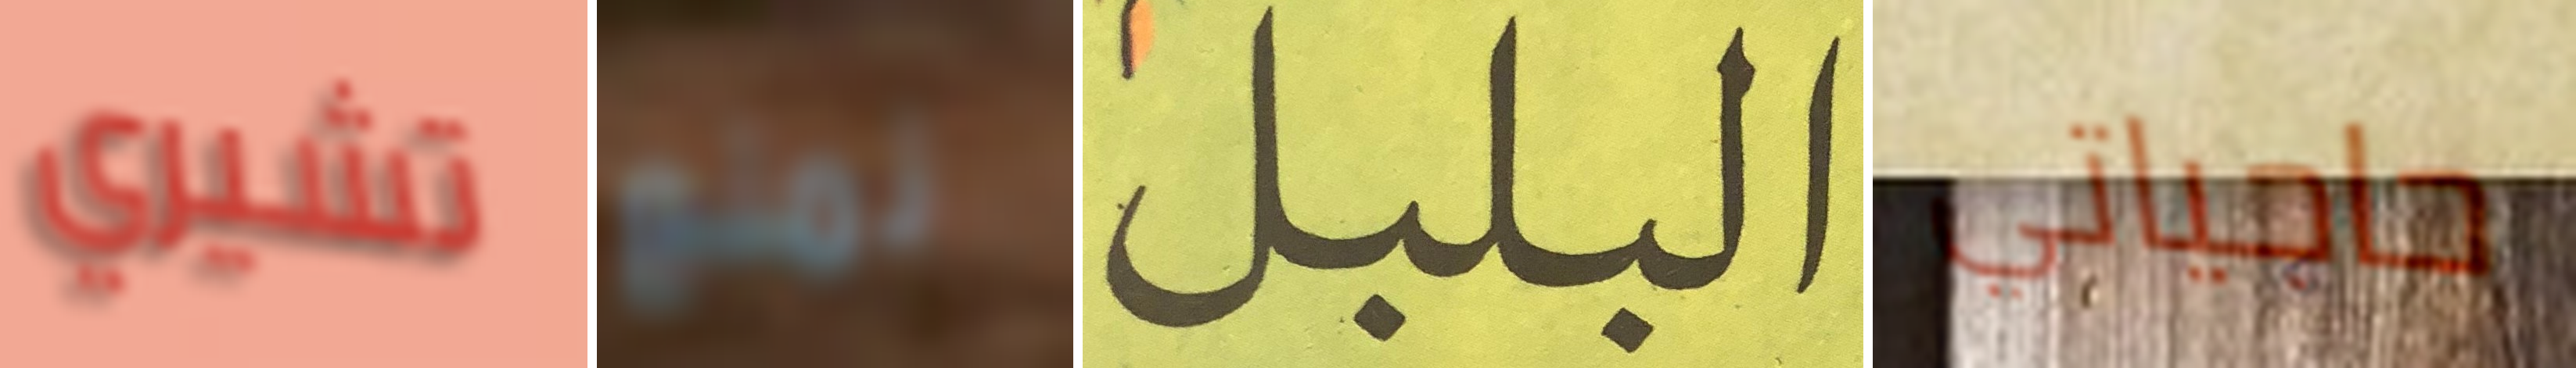
تشيري نمنع البلبل حاجياتي